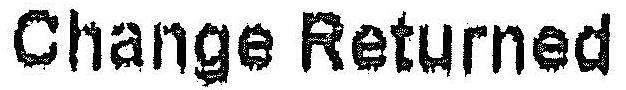
CHANGE RETURNED